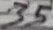
Text: 35